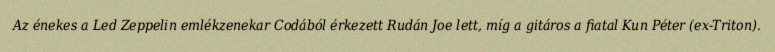
Az énekes a Led Zeppelin emlékzenekar Codából érkezett Rudán Joe lett, míg a gitáros a fiatal Kun Péter (ex-Triton).